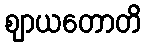
ဈာယတောတိ